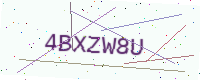
Text: 4BXZW8U